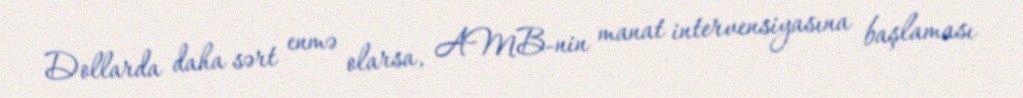
Dollarda daha sərt enmə olarsa, AMB-nin manat intervensiyasına başlaması